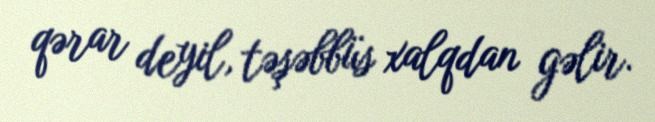
qərar deyil, təşəbbüs xalqdan gəlir.